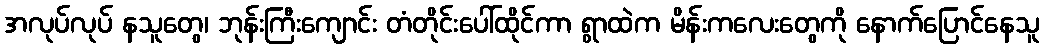
အလုပ်လုပ် နသူတွေ၊ ဘုန်းကြီးကျောင်း တံတိုင်းပေါ်ထိုင်ကာ ရွာထဲက မိန်းကလေးတွေကို နောက်ပြောင်နေသူ